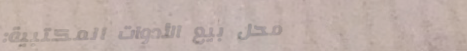
محل بيع الأدوات المكتبية: